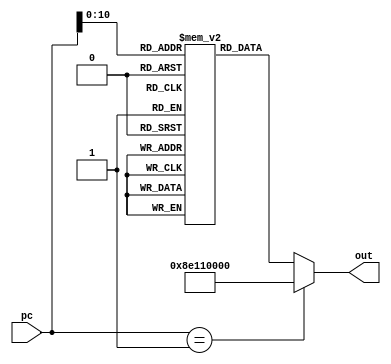
module instr_mem_file(pc, out);

input [31:0] pc;
output reg [31:0] out;

reg [31:0] i0, i1, i2, i3, i4 , i5, i6, i7, i8, i9, i10, i11, i12, i13, i14, i15, i16, i17, i18, i19, i20;
reg [31:0] k[0:1999];

initial
begin


  i0 = 32'b10001110000100010000000000000000;
	//c1
  k[0] = 32'b10001110000100010000000000000000;
  k[3] = 32'b10001110000100100000000000001001;
  k[5] = 32'b00000010001100101001100000100100;

  k[7] = 32'b10001110000100010000000000000001;
  k[9] = 32'b10001110000100100000000000001100;
  k[11]= 32'b00000010001100101010000000100100;

  k[13] = 32'b10001110000100010000000000000010;
  k[15] = 32'b10001110000100100000000000001111;
  k[17] = 32'b00000010001100101010100000100100; 

  k[19] = 32'b00000010011101001011000000100000;
  k[21] = 32'b00000010110101011011100000100000;

  k[23] = 32'b10101110000101110000000000010010;

//   //c2
  
  k[24] = 32'b10001110000100010000000000000000;
  k[26] = 32'b10001110000100100000000000001010;
  k[28] = 32'b00000010001100101001100000100100;

  k[30] = 32'b10001110000100010000000000000001;
  k[32] = 32'b10001110000100100000000000001101;
  k[34]= 32'b00000010001100101010000000100100;

  k[36] = 32'b10001110000100010000000000000010;
  k[38] = 32'b10001110000100100000000000010000;
  k[40] = 32'b00000010001100101010100000100100; 

  k[42] = 32'b00000010011101001011000000100000;
  k[44] = 32'b00000010110101011011100000100000;

  k[46] = 32'b10101110000101110000000000010011;

// 	//c3

  k[48] = 32'b10001110000100010000000000000000;
  k[50] = 32'b10001110000100100000000000001011;
  k[52] = 32'b00000010001100101001100000100100;

  k[54] = 32'b10001110000100010000000000000001;
  k[56] = 32'b10001110000100100000000000001110;
  k[58]= 32'b00000010001100101010000000100100;

  k[60] = 32'b10001110000100010000000000000010;
  k[62] = 32'b10001110000100100000000000010001;
  k[64] = 32'b00000010001100101010100000100100; 

  k[66] = 32'b00000010011101001011000000100000;
  k[68] = 32'b00000010110101011011100000100000;

  k[70] = 32'b10101110000101110000000000010100;

// 	//c4
   k[72+15] = 32'b10001110000100010000000000000011;
   k[74+15] = 32'b10001110000100100000000000001001;
   k[76+15] = 32'b00000010001100101001100000100100;

   k[78+15] = 32'b10001110000100010000000000000100;
   k[80+15] = 32'b10001110000100100000000000001100;
   k[82+15]= 32'b00000010001100101010000000100100;

   k[84+15] = 32'b10001110000100010000000000000101;
   k[86+15] = 32'b10001110000100100000000000001111;
   k[88+15] = 32'b00000010001100101010100000100100; 

   k[90+15] = 32'b00000010011101001011000000100000;
   k[92+15] = 32'b00000010110101011011100000100000;

   k[94+15] = 32'b10101110000101110000000000010101;

 //   //c5
  
   k[96+15] = 32'b10001110000100010000000000000011;
   k[98+15] = 32'b10001110000100100000000000001010;
   k[100+15] = 32'b00000010001100101001100000100100;

   k[102+15] = 32'b10001110000100010000000000000100;
   k[104+15] = 32'b10001110000100100000000000001101;
   k[106+15]= 32'b00000010001100101010000000100100;

   k[108+15] = 32'b10001110000100010000000000000101;
   k[110+15] = 32'b10001110000100100000000000010000;
   k[112+15] = 32'b00000010001100101010100000100100; 

   k[114+15] = 32'b00000010011101001011000000100000;
   k[116+15] = 32'b00000010110101011011100000100000;

   k[118+15] = 32'b10101110000101110000000000010110;

 // 	//c6

   k[120+15] = 32'b10001110000100010000000000000011;
   k[122+15] = 32'b10001110000100100000000000001011;
   k[124+15] = 32'b00000010001100101001100000100100;

   k[126+15] = 32'b10001110000100010000000000000100;
   k[128+15] = 32'b10001110000100100000000000001110;
   k[130+15]= 32'b00000010001100101010000000100100;

   k[132+15] = 32'b10001110000100010000000000000101;
   k[134+15] = 32'b10001110000100100000000000010001;
   k[136+15] = 32'b00000010001100101010100000100100; 

   k[138+15] = 32'b00000010011101001011000000100000;
   k[140+15] = 32'b00000010110101011011100000100000;

   k[142+15] = 32'b10101110000101110000000000010111;

// 	//c7
   k[172+15] = 32'b10001110000100010000000000000110;
   k[174+15] = 32'b10001110000100100000000000001001;
   k[176+15] = 32'b00000010001100101001100000100100;

   k[178+15] = 32'b10001110000100010000000000000111;
   k[180+15] = 32'b10001110000100100000000000001100;
   k[182+15]= 32'b00000010001100101010000000100100;

   k[184+15] = 32'b10001110000100010000000000001000;
   k[186+15] = 32'b10001110000100100000000000001111;
   k[188+15] = 32'b00000010001100101010100000100100; 

   k[190+15] = 32'b00000010011101001011000000100000;
   k[192+15] = 32'b00000010110101011011100000100000;

   k[194+15] = 32'b10101110000101110000000000011000;

 //   //c8
  
   k[196+15] = 32'b10001110000100010000000000000110;
   k[198+15] = 32'b10001110000100100000000000001010;
   k[1100+15] = 32'b00000010001100101001100000100100;

   k[1102+15] = 32'b10001110000100010000000000000111;
   k[1104+15] = 32'b10001110000100100000000000001101;
   k[1106+15]= 32'b00000010001100101010000000100100;

   k[1108+15] = 32'b10001110000100010000000000001000;
   k[1110+15] = 32'b10001110000100100000000000010000;
   k[1112+15] = 32'b00000010001100101010100000100100; 

   k[1114+15] = 32'b00000010011101001011000000100000;
   k[1116+15] = 32'b00000010110101011011100000100000;

   k[1118+15] = 32'b10101110000101110000000000011001;

 // 	//c9

   k[1120+15] = 32'b10001110000100010000000000000110;
   k[1122+15] = 32'b10001110000100100000000000001011;
   k[1124+15] = 32'b00000010001100101001100000100100;

   k[1126+15] = 32'b10001110000100010000000000000111;
   k[1128+15] = 32'b10001110000100100000000000001110;
   k[1130+15]= 32'b00000010001100101010000000100100;

   k[1132+15] = 32'b10001110000100010000000000001000;
   k[1134+15] = 32'b10001110000100100000000000010001;
   k[1136+15] = 32'b00000010001100101010100000100100; 

   k[1138+15] = 32'b00000010011101001011000000100000;
   k[1140+15] = 32'b00000010110101011011100000100000;

   k[1142+15] = 32'b10101110000101110000000000011010;

end

always @(pc)
begin
	case(pc)
		1: out = i0;
		// 2: out = i1;
		// 3: out = i2;
		// 4: out = i3;
		// 5: out = i4;
		// 6: out = i5;
		// 7: out = i6;
		// 8: out = i7;
		// 9: out = i8;
		// 10: out = i9;
		// 11: out = i10;
		// 12: out = i11;
		// 13: out = i12;
		// 14: out = i13;
		// 15: out = i14;
		// 16: out = i15;
		// 17: out = i16;
		// 18: out = i17;
		// 19: out = i18;
		// 20: out = i19;
		// 21: out = i20;
		default : out = k[pc];
	endcase
	// out=k[pc];
	// $display("skygfhuvifs",pc);
end

endmodule